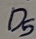
Text: D5